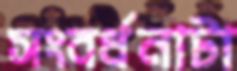
সংবর্ধনাটা